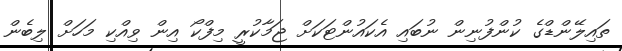
ތައިލޭންޑްގެ ކުންފުނިން ނުބައި އެކައުންޓަކަށް ޖަމާކުރީ މިފްކޯ އިން ވިއްކި މަހަށް ލިބެން